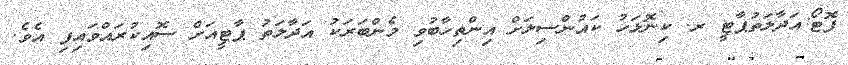
ފޮޓޯ:އަދާލަތުޕާޓީ ރ. ކިނޮޅަހު ކައުންސިލަށް އިންތިހާބުވި މެންބަރަކު އަދާލަތު ޕާޓީއަށް ސޮއިކުރައްވައިފި އެވެ.